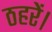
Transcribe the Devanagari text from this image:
ठहरें।